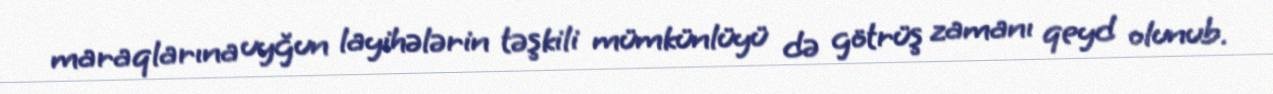
maraqlarına uyğun layihələrin təşkili mümkünlüyü də götrüş zamanı qeyd olunub.